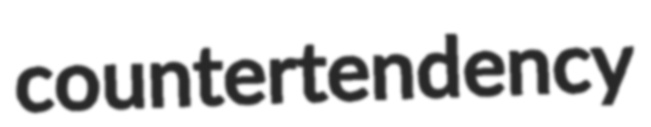
countertendency